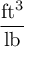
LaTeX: \frac { \mathrm { f t ^ { 3 } } } { \mathrm { l b } }